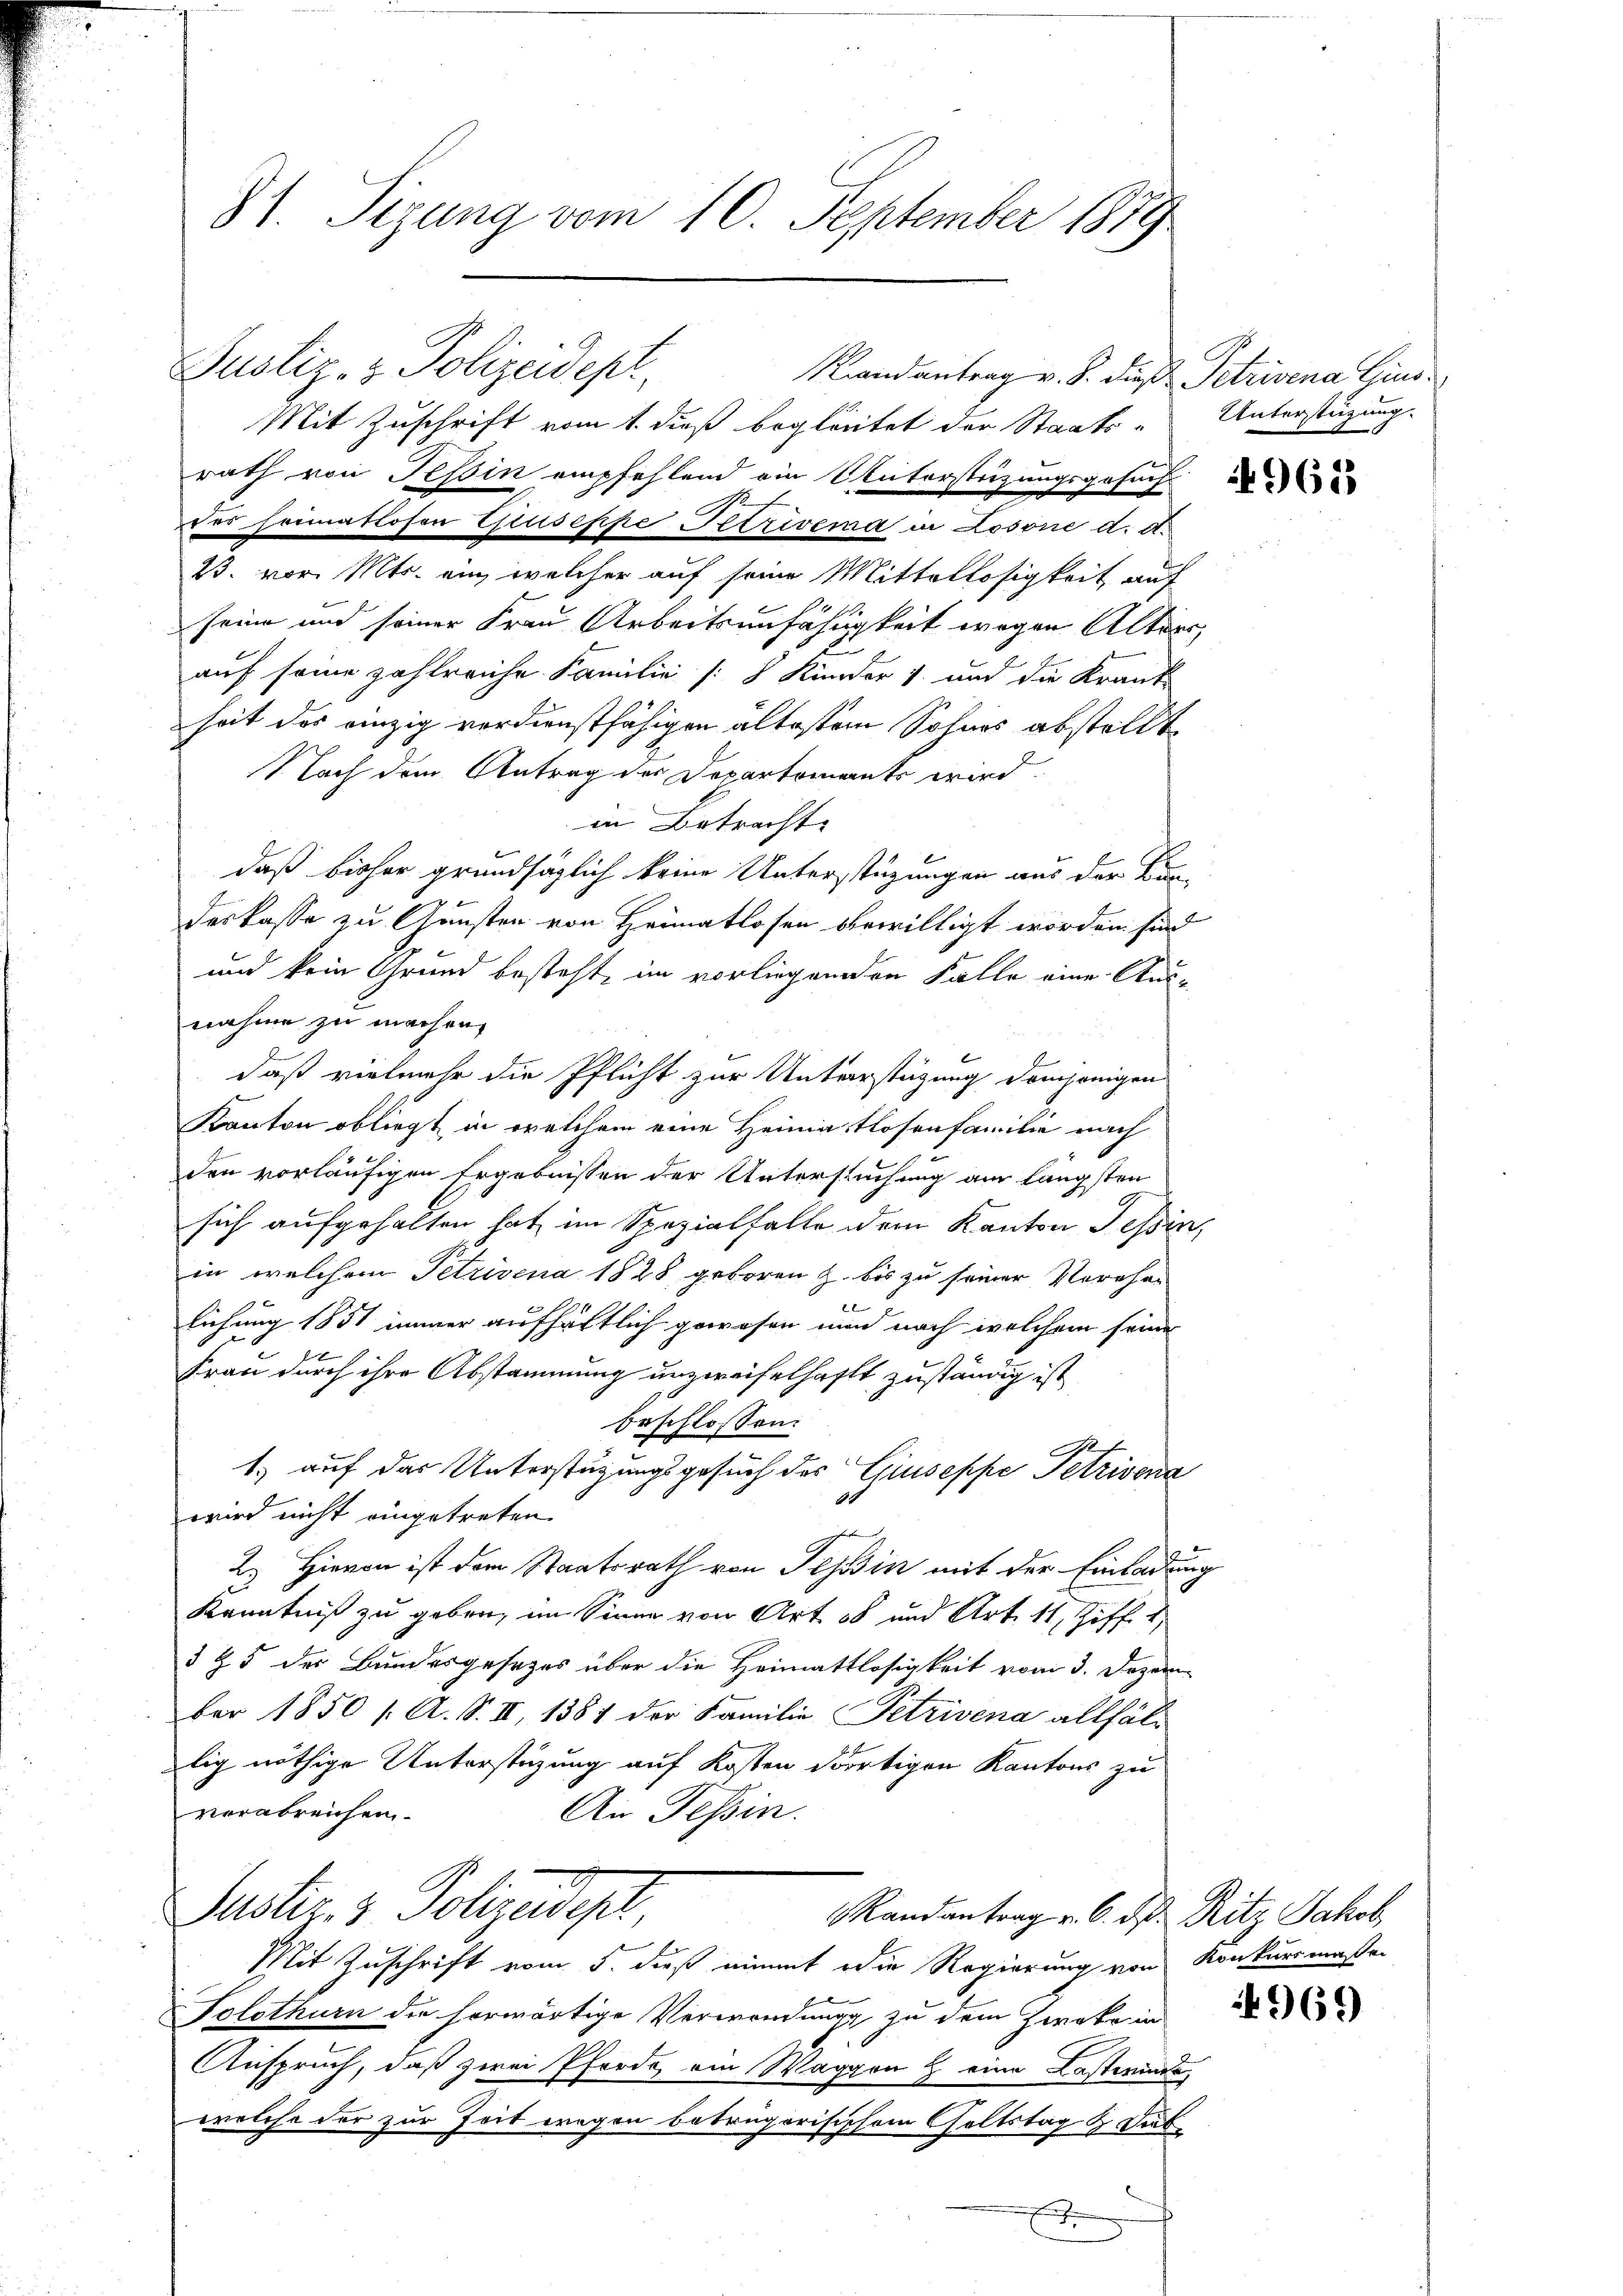
81. Segung vom 10. September 1889

Justiz- & Polizeidept,
Randantrag v. S. die Petrivena Gins¬
Mit Zuschrift vom 1. dieß begleitet der Staats- Unterstüzung.
rath von Tessin empfehlend ein Vaterstrizungsgesuch
der Heimatlosen Giuseppe Petrivema in Losone d. d.
23. vor. Mts. ein, welcher auf seine Mittellosigkeit auf
seine und seiner Frau Arbeitsunfähigkeit wegen Alters
auf seine zahlreiche Familie [§ Kinder 1 und die Krank-
heit des einzig verdienstfähigen ältestem Sohnes abstellt
1 Nach dem Antrag der Departements wird.
in Betracht
daß bisher grundsäglich keine Unterstüzungen aus der Kan-
deskasse zu Gunsten von Heimatlosen bewilligt worden sind
und kein Grund besteht, im vorliegenden Falle eine Ausnahme zu machen,
daß vielmehr die Pflicht zur Unterstützung demjenigen
Kanton obliegt, in welchem eine Heimatlosenfamilie nach
den vorläufigen Ergebnissen der Untersuchung am längsten
sich aufgehalten hat im Spezialfalle dem Kanton Tessin,
in welchem Petrivena 1828 geboren z. bis zu seiner Verehe-
l
lichung 1851 immer aufhältlich gewesen und nach welchem seine
Frau durch ihre Abstammung unzweifelhaft zuständig ist
beschlossen:
1.) auf das Unterstützungsgesuch des Giuseppe Petrivena
4
wird nicht eingetreten.
ken
2. Hievon ist dem Staatsrath von Tessin mit der Einladung
Kenntniß zu geben, im Sinne von Art 58 und Art. 11, Ziff. 1
3 & 5 der Bundesgesetzes über die Heimatlosigkeit vom 3. Dezember 1850 /: A. S. II, 1387 der Familie Petrivena allfällig nöthige Unterstüzung auf Kosten dortigen Kantons zu
verabreichen.
An Tessin.
Justiz- & Polizeidigt
Randantrag v. 6. d. Ritz Jakob
Mit Zuschrift vom 5. dieß nimmt die Regierung von Konkursmaßen
Solothurn die herwärtige Verwendung zu dem Zweke in
Anspruch, daß zwei Pferde am Waggon & eine Lasteinde,
welche der zur Zeit wegen betrügerisischem Geltstag & Diebf

962

4969